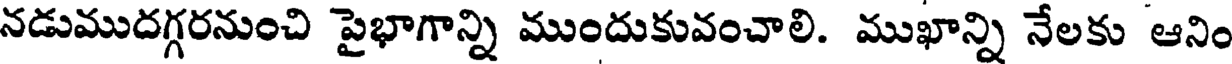
నడుముదగ్గరనుంచి పైభాగాన్ని ముందుకువంచాలి. ముఖాన్ని నేలకు ఆనిం